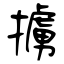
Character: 擄